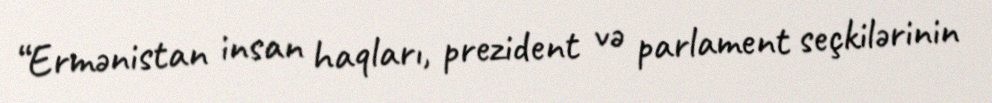
“Ermənistan insan haqları, prezident və parlament seçkilərinin